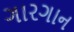
ગારગાન